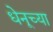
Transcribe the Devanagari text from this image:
धेनूच्या